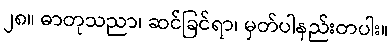
၂၈။ ဓာတုသညာ၊ ဆင်ခြင်ရာ၊ မှတ်ပါနည်းတပါး။